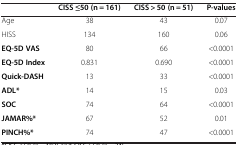
<table><thead><tr><td><b> </b></td><td><b>CISS ≤50 (n = 161)</b></td><td><b>CISS &gt; 50 (n = 51)</b></td><td><b>P-values</b></td></tr></thead><tbody><tr><td>Age</td><td>38</td><td>43</td><td>0.07</td></tr><tr><td>HISS</td><td>134</td><td>160</td><td>0.06</td></tr><tr><td><b>EQ-5D VAS</b></td><td>80</td><td>66</td><td>&lt;0.0001</td></tr><tr><td><b>EQ-5D Index</b></td><td>0.831</td><td>0.690</td><td>&lt;0.0001</td></tr><tr><td><b>Quick-DASH</b></td><td>13</td><td>33</td><td>&lt;0.0001</td></tr><tr><td><b>ADL*</b></td><td>14</td><td>15</td><td>0.03</td></tr><tr><td><b>SOC</b></td><td>74</td><td>64</td><td>&lt;0.0001</td></tr><tr><td><b>JAMAR%*</b></td><td>67</td><td>52</td><td>0.01</td></tr><tr><td><b>PINCH%*</b></td><td>74</td><td>47</td><td>&lt;0.0001</td></tr></tbody></table>